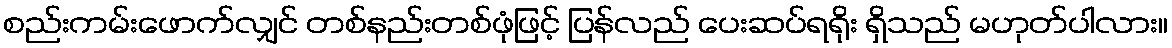
စည်းကမ်းဖောက်လျှင် တစ်နည်းတစ်ဖုံဖြင့် ပြန်လည် ပေးဆပ်ရရိုး ရှိသည် မဟုတ်ပါလား။